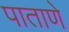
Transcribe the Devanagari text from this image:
पाताणे